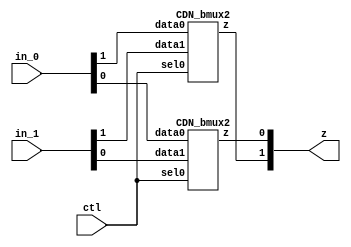

// Generated by Cadence Encounter(R) RTL Compiler RC14.27 - v14.20-s064_1

// Verification Directory fv/isw_and 

module bmux(ctl, in_0, in_1, z);
  input ctl;
  input [1:0] in_0, in_1;
  output [1:0] z;
  CDN_bmux2 g1(.sel0 (ctl), .data0 (in_0[1]), .data1 (in_1[1]), .z
       (z[1]));
  CDN_bmux2 g2(.sel0 (ctl), .data0 (in_0[0]), .data1 (in_1[0]), .z
       (z[0]));
endmodule

module isw_and(ClkxCI, RstxBI, XxDI, YxDI, ZxDI, QxDO);
  input ClkxCI, RstxBI;
  input [1:0] XxDI, YxDI;
  input [0:0] ZxDI;
  output [1:0] QxDO;
  bmux mux_FFxDP_58_15(.ctl (n_4), .in_0 (2'b00), .in_1 (2'b00), .z ());
  and g10 (n_29, XxDI[0], YxDI[0]);
  and g11 (n_30, XxDI[0], YxDI[1]);
  and g13 (n_32, XxDI[1], YxDI[0]);
  and g15 (n_34, XxDI[1], YxDI[1]);
  CDN_flop \FFxDP_reg[0] (.clk (ClkxCI), .d (ZxDI), .sena (1'b1), .aclr
       (n_4), .apre (1'b0), .srl (1'b0), .srd (1'b0), .q (QxDO[0]));
  CDN_flop \FFxDP_reg[1] (.clk (ClkxCI), .d (n_8), .sena (1'b1), .aclr
       (n_4), .apre (1'b0), .srl (1'b0), .srd (1'b0), .q (QxDO[1]));
  not g19 (n_4, RstxBI);
  xor g20 (n_42, n_29, n_30);
  xor g21 (n_43, n_32, n_34);
  xor g22 (n_44, ZxDI, n_42);
  xor g23 (n_8, n_43, n_44);
endmodule

`ifdef RC_CDN_GENERIC_GATE
`else
module CDN_flop(clk, d, sena, aclr, apre, srl, srd, q);
  input clk, d, sena, aclr, apre, srl, srd;
  output q;
  reg  qi;
  assign #1 q = qi;
  always 
    @(posedge clk or posedge apre or posedge aclr) 
      if (aclr) 
        qi <= 0;
      else if (apre) 
          qi <= 1;
        else if (srl) 
            qi <= srd;
          else begin
            if (sena) 
              qi <= d;
          end
  initial 
    qi <= 1'b0;
endmodule
`endif
`ifdef RC_CDN_GENERIC_GATE
`else
`ifdef ONE_HOT_MUX
module CDN_bmux2(sel0, data0, data1, z);
  input sel0, data0, data1;
  output z;
  reg  z;
  always 
    @(sel0 or data0 or data1) 
      case ({sel0})
       1'b0: z = data0;
       1'b1: z = data1;
      endcase
endmodule
`else
module CDN_bmux2(sel0, data0, data1, z);
  input sel0, data0, data1;
  output z;
  not i_0 (inv_sel0, sel0);
  and a_0 (w_0, inv_sel0, data0);
  and a_1 (w_1, sel0, data1);
  or org (z, w_0, w_1);
endmodule
`endif // ONE_HOT_MUX
`endif